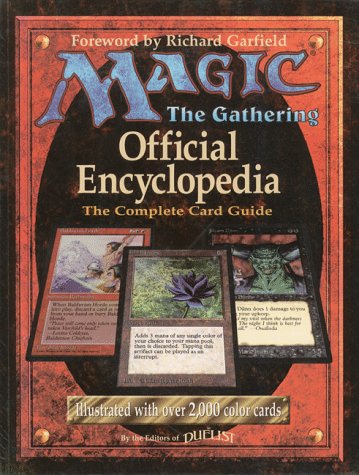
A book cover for Magic the Gathering: Official Encyclopedia : The Complete Card Guide; Science Fiction & Fantasy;